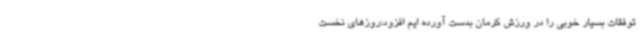
توفقات بسیار خوبی را در ورزش کرمان بدست آورده ایم افزود:روزهای نخست